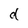
Character: d